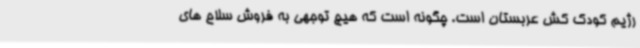
رژیم کودک کش عربستان است. چگونه است که هیچ توجهی به فروش سلاح های